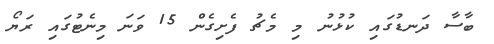
ބާސާ ދަނޑުގައި ކުޅުނު މި މެޗު ފެށިގެން 15 ވަނަ މިނެޓުގައި ރަޔޯ